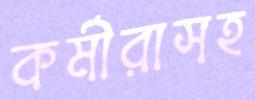
কর্মীরাসহ